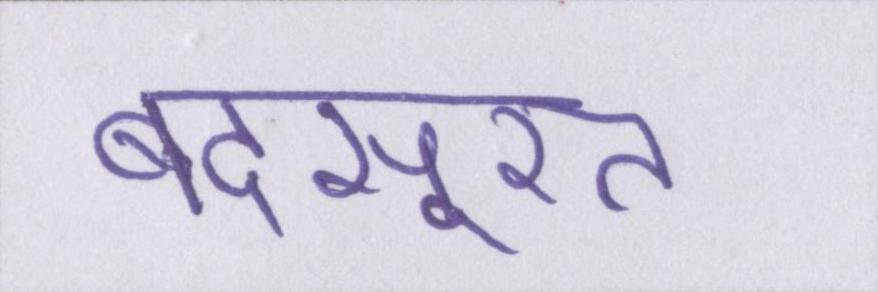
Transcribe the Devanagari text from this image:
बदसूरत